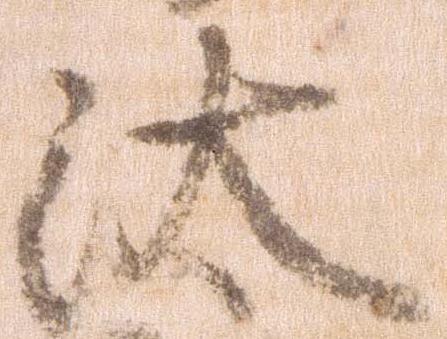
汰